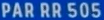
PAR RR 505